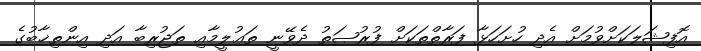
އޮފިޝަލަކަށްވުމަށް އެދި ހުށަހަޅާ ފަރާތްތަކަށް ފުރުޞަތު ދެވޭނީ ތަޢުލީމާއި ތަޖުރިބާ އަދި އިންތިޚާބުގެ